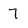
Character: 7